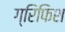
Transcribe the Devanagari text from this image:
ग्रिफिश